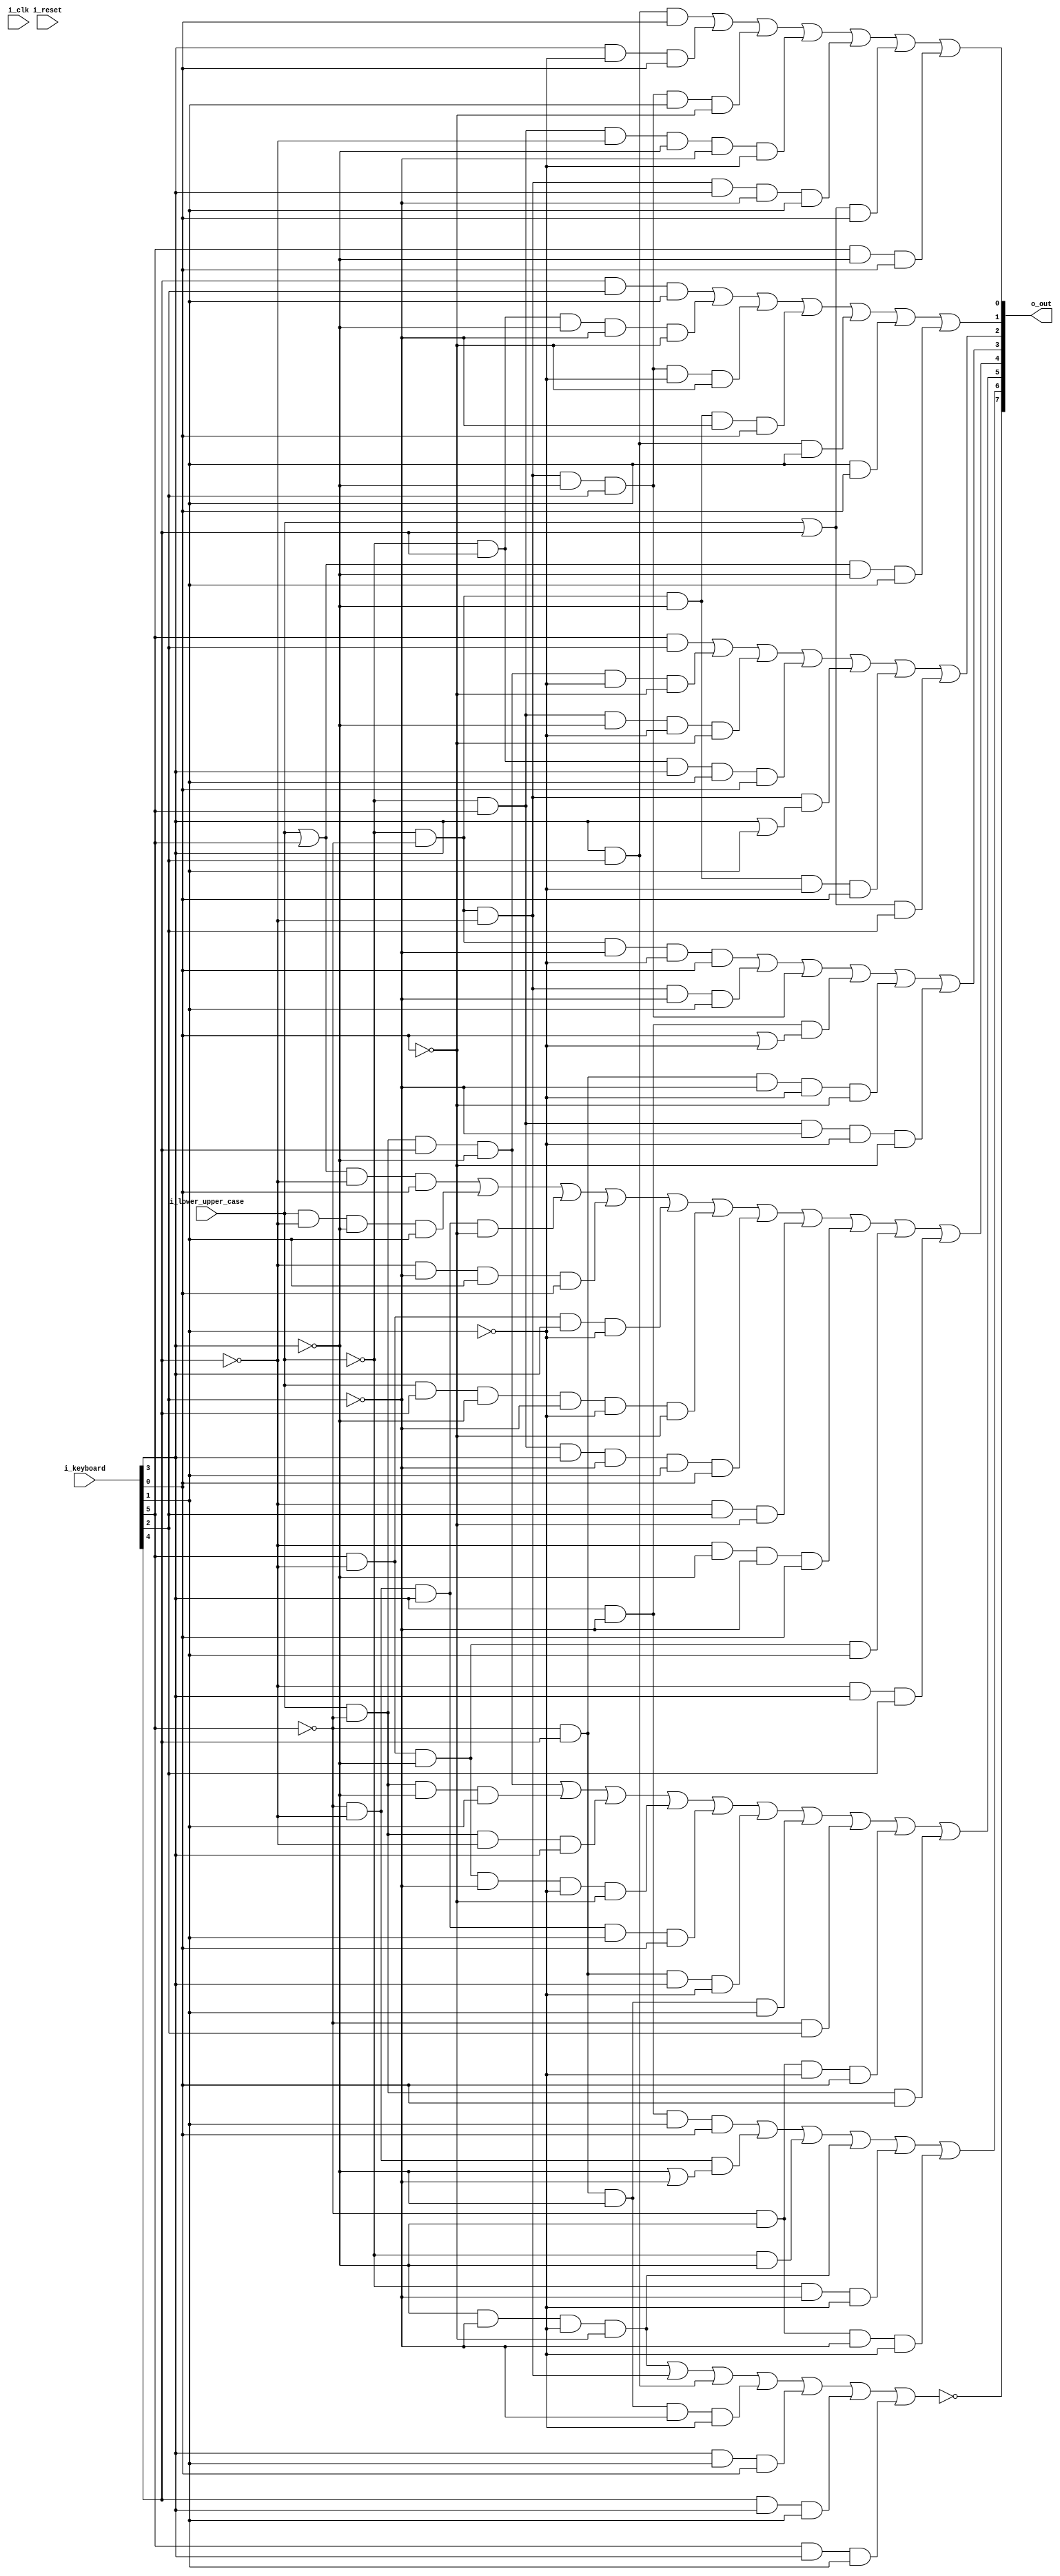
module ptt2e(i_clk, i_reset,
	i_keyboard,
	i_lower_upper_case,
	o_out);

// verilator lint_off UNUSED
input wire i_clk;
input wire i_reset;
// verilator lint_on UNUSED

input wire [5:0] i_keyboard;
input wire i_lower_upper_case;
output wire [7:0] o_out;

wire not_xlate_0;
wire xlate_1;
wire xlate_2;
wire xlate_3;
wire xlate_4;
wire not_xlate_5;
wire not_xlate_6;
wire not_xlate_7;

wire b1;
wire b2;
wire b4;
wire b8;
wire ba;
wire bb;
wire lc;
wire uc;

assign lc = i_lower_upper_case;
assign uc = ~i_lower_upper_case;
assign {bb,ba,b8,b4,b2,b1} = i_keyboard;

assign o_out = {~not_xlate_0, xlate_1, xlate_2, xlate_3,
	xlate_4, ~not_xlate_5, ~not_xlate_6, ~not_xlate_7};

assign not_xlate_0 = ((~b8 & ~b4 & ~b2 & ~b1) |	// [_+@-& sp
	(uc & ~bb & ~ba) |		// =<;:%'>*()" sp uc
	(b8 & b4) |			// uc lf nl ht lc
	(~bb & ba & ~b8 & ~b4 & ~b2) |	// [?@/
	(b8 & b2 & b1) |		// "!]^#,$.
	(ba & b8 & b2) |		// !^,. lc
	(bb & b8 & b2));		// ]^$. lc
assign xlate_1 = (b8 & ~b4 & b2 & b1) |	// "!]^#,$.
	(~bb & ~ba & (~b8 | ~b4)) |	// =<;:%'>*()"1234567890# sp
	(uc & ~b8) |			// =<;:%'>[?STUVWX_JKLMNOP+ABCDEFG
	(~b8 & ~b4 & ~b2 & ~b1) |	// [_+@-& sp
	(uc & ~b4 & ~b2) |		// =*([?YZ_JQR+AHI sp
	(~bb & ~b8 & ~b4 & ~b2);	// =[?1@/ sp
assign xlate_2 = (lc & ~bb & ba & ~b8) |	// @/uvyz lf
	(lc & ~bb & ~b8 & b2) |		// 2367stwx
	(lc & ~bb & ~ba & b8) |		// 890# uc
	(bb & ~ba & ~b8 & ~b4 & ~b2 & ~b1) |	// _-
	(~bb & ~ba & b8 & b2 & b1) |	// "#
	(~bb & ba & b8 & ~b2) |		// YZyz lf
	(~bb & ba & ~b8 & b2) |		// STWXstwx
	(~bb & b4) |			// :%'>UVWX4567uvwx uc lf
	(~bb & ~b8 & ~b2 & b1) |	// =%?V15/v
	(lc & ~bb & b1);		// 13579#/tvxz, lf
assign xlate_3 = ((lc | bb) & ~ba & b1) |	// JLNPR]jlnpr$ nl
					// 13579#jlnpr$ nl
	(lc & ~ba & ~b8 & b2) |		// 2367klop
	(~bb & ~ba & b8 & ~b1) |	// *)80 uc
	(~ba & ~b4 & b2 & b1) |		// ;"L]3#l$
	(bb & ~ba & b8 & ~b2) |		// QRqr nl
	(lc & ba & ~b8 & ~b4 & ~b2 & ~b1) |	// @&
	(uc & bb & b8 & ~b4 & b2 & b1) |	// ]^
	(~ba & b4 & ~b1) |		// :'MO46mo uc
	(~ba & ~b8 & ~b4 & b1) |	// =;JL13jl
	(bb & ~ba & ~b8 & b2) |		// KLOPklop
	(~ba & b8 & b4);		// uc nl
assign xlate_4 = (uc & ~bb & ~b4 & ~b2 & b1) |	// =(?Z
	(uc & ~bb & ~ba & ~b4 & b2) |	// <;)"
	(uc & ~bb & ~ba & ~b8 & b4) |	// :%'>
	(b8 & ~b4 & (b1 | ~b2)) |	// ("Z!R]I^9#z,r$i.
					// *(YZQRHI89yzqrhi
	(~bb & ba & ~b4 & ~b2 & ~b1) |	// [Y@y
	(uc & bb & ~b4 & ~b2 & ~b1);	// _Q+H
assign not_xlate_5 = ~((bb & b4) |		// MNOPDEFGmnopdefg nl ht lc
	(lc & ~bb & ba & ~b8 & ~b2 & ~b1) |	// @u
	(uc & bb & ~b8 & ~b2 & ~b1) |	// _M+D
	(uc & ba & b8 & b2 & b1) |	// !^
	(uc & ~bb & ~ba & (b8 | b2)) |	// *()" uc
					// <;'>)" uc
	(uc & ~bb & ~b8 & ~b2 & b1) | // =%?V
	((lc | ba) & b4));	// 4567uvwxmnopdefg uc lf nl ht lc
				// UVWXDEFGuvwxdefg lf ht lc
assign not_xlate_6 = ~((ba & b4 & b2) |			// WXFGwxfg lc
	(uc & ba & ~b8 & ~b4 & ~b1) |	// [S+B
	(uc & ~bb & ~ba & ~b8 & b4 & ~b2 & ~b1) |	// :
	(uc & ~bb & ~b8 & ~b4 & b1) |	// =;?T
	(b8 & b4 & b2) |		// uc lc
	(b2 & b1) |			// ;>"TX!LP]CG^37#tx,lp$cg.
	((lc | bb) & ~b8 & b2));		// 2367stwxklopbcfg
					// KLOPBCFGklopbcfg
assign not_xlate_7 = ~((b8 & b4 & b1) |			// lf nl ht
	(b8 & ~b2 & b1) |		// lf nl ht
	(uc & ~bb & ~ba & ~b8 & b4 & b2 & ~b1) |	// '
	(uc & bb & ~ba & ~b8 & ~b4 & ~b2) |	// _J
	(uc & ~bb & ~ba & b8 & ~b4 & b2) |	// )"
	((lc | ba) & b1) |		// 13579#/tvxz,jlnpr$acegi. lf nl ht
					// ?TVXZ!ACEGI^/tvxz,acegi. lf ht
	(bb & ~b8 & b1));		// JLNPACEGjlnpaceg

endmodule